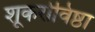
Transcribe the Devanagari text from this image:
शूकरोविष्ठा